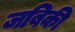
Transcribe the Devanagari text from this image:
जबिकी